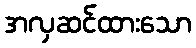
အလှဆင်ထားသော